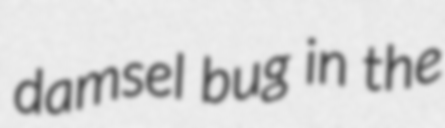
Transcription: damsel bug in the